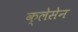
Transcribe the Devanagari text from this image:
क्लेसेन